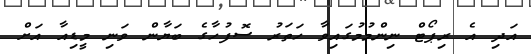
އަދި އެ ރިޕޯޓް ނިންމުމުގައިވާ ހަތަރު ސޮފުހާގެ ބަޔާން ވަނި މީޑިއާ އަށް